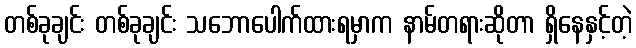
တစ်ခုချင်း တစ်ခုချင်း သဘောပေါက်ထားရမှာက နာမ်တရားဆိုတာ ရှိနေနှင့်တဲ့